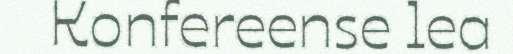
Konfereense lea